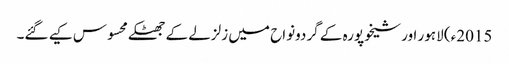
2015ء) لاہور اور شیخوپورہ کے گردونواح میں زلزلے کے جھٹکے محسوس کیے گئے۔